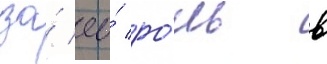
за́ ео́ ро́ль в